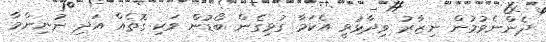
ދެންނެވުމުން ނިޒާރު ވިދާޅުވީ އެކަމާ ގުޅިގެން ބޯޑުން ވަކި ގޮތެއް އަދި ނުނިންމާ